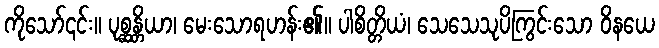
ကိုသော်၎င်း။ ပုစ္ဆန္တိယာ၊ မေးသောရဟန်း၏။ ပါစိတ္တိယံ၊ သေသေသုပိကြွင်းသော ဝိနယေ